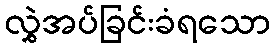
လွှဲအပ်ခြင်းခံရသော